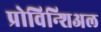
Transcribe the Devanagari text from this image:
प्रोविन्शिअल